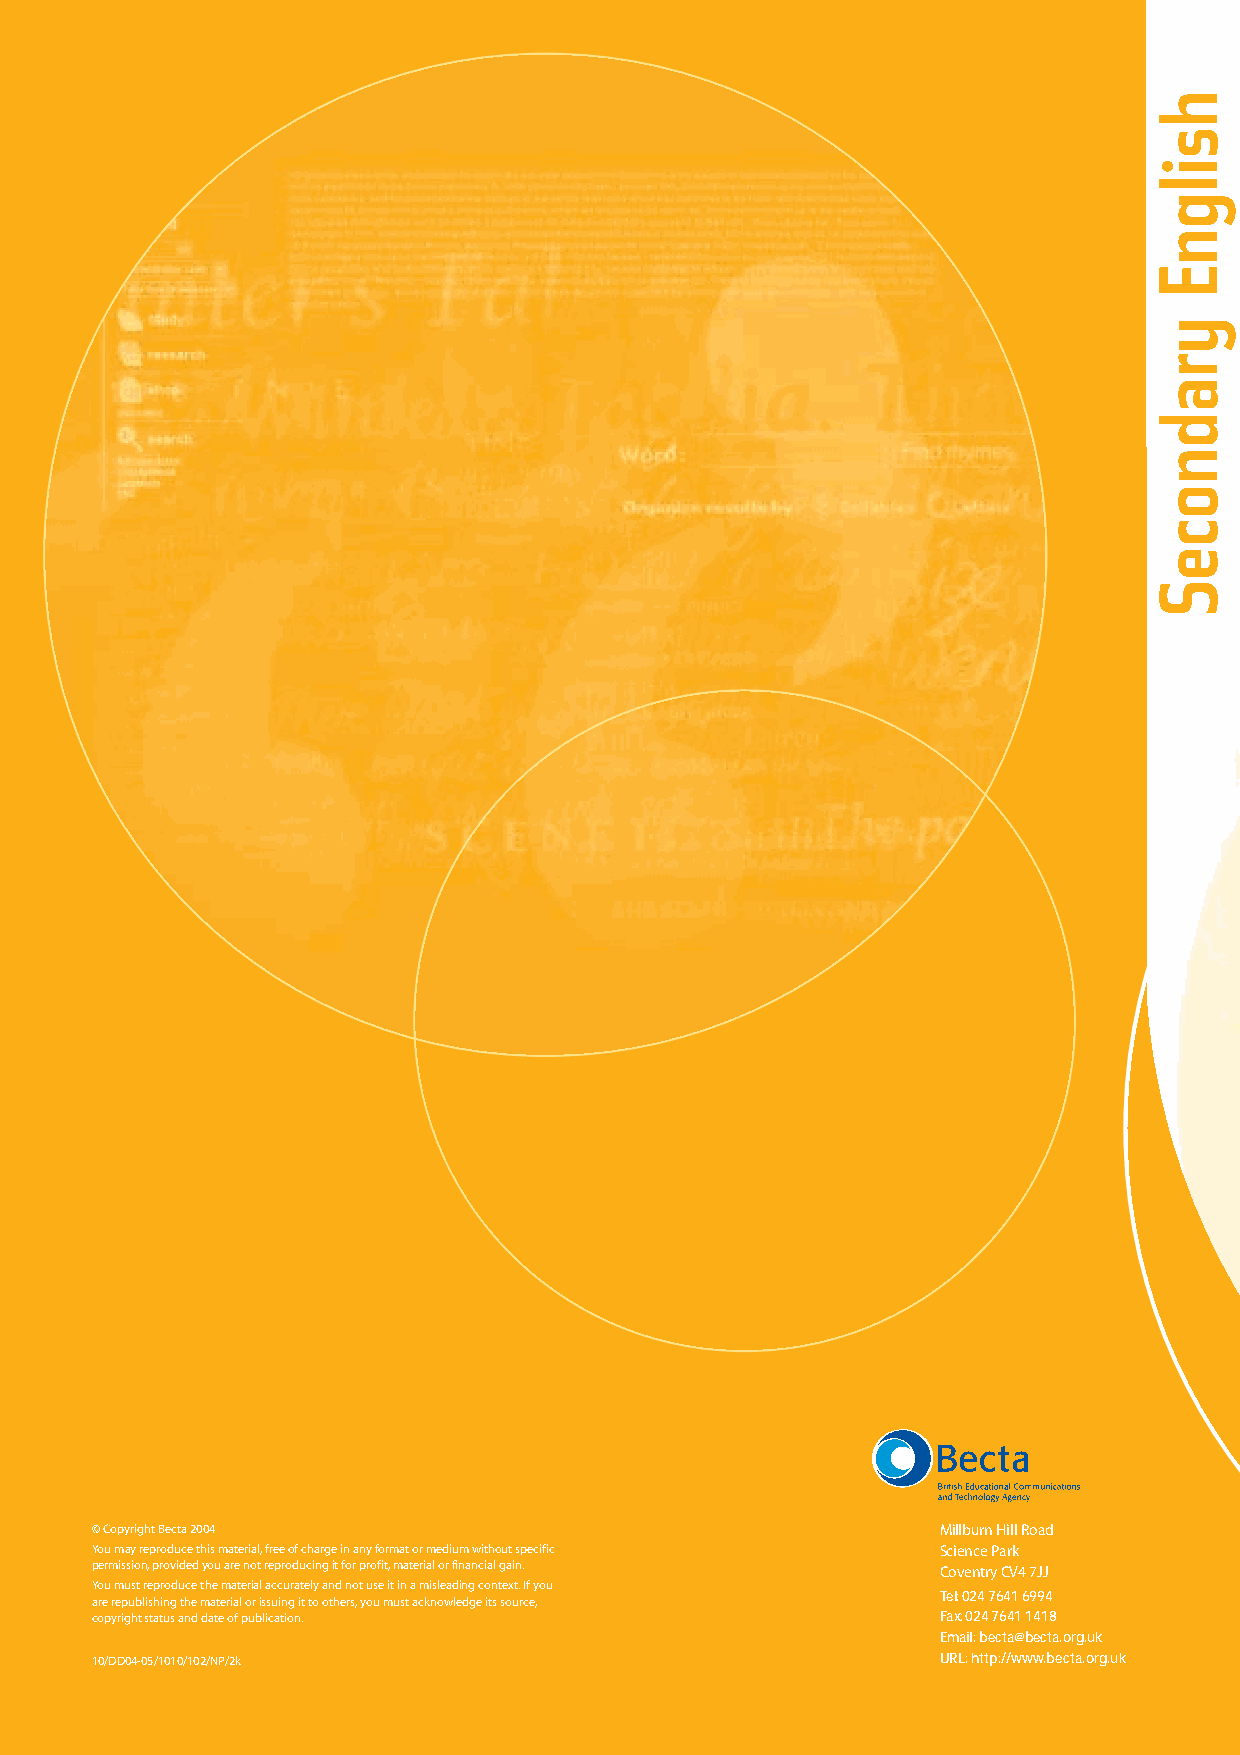
© Copyright Becta 2004                                  Millburn Hill Road
 You may reproduce this material,free of charge in any format or medium without specific Science Park
 permission,provided you are not reproducing it for profit,material or financial gain. Coventry CV4 7JJ
 You must reproduce the material accurately and not use it in a misleading context.If you
 Tel:024 7641 6994
 are republishing the material or issuing it to others,you must acknowledge its source,
 copyright status and date of publication.               Fax:024 7641 1418
 Email:becta@becta.org.uk
 10/DD04-05/1010/102/NP/2k                               URL:http://www.becta.org.uk
 hsilgnE
 yradnoceS